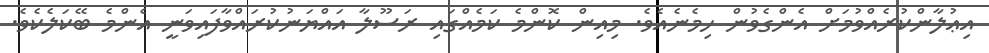
އިޢުލާންކުރެއްވުމަށް އެންގެވުން ހިމެނެއެވެ. މިއިން ކޮންމެ ކަމެއްގައި ރަސޫލާ އައްޔަނުކުރައްވާފައިވަނީ އެންމެ ބޭކަލެކެވެ.